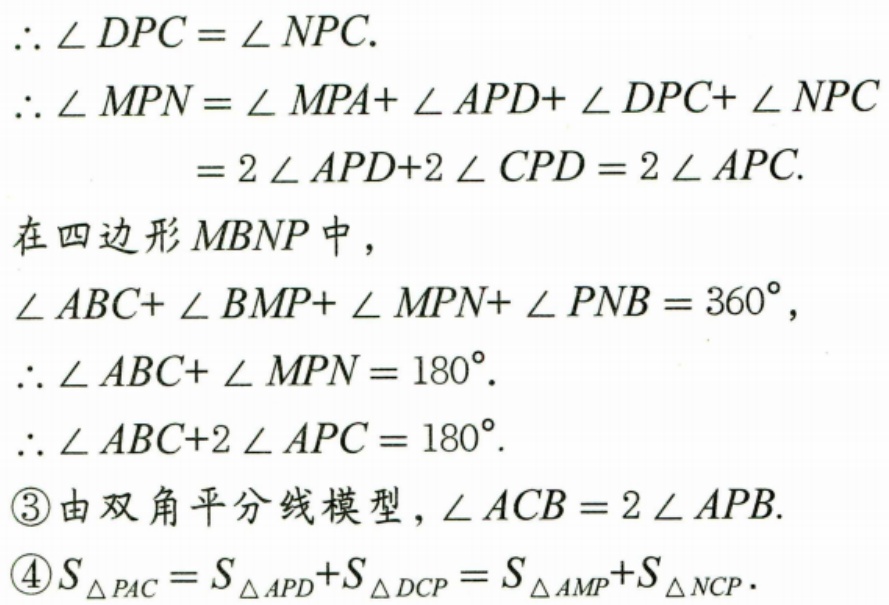
\(\therefore\angle DPC=\angle NPC.\)
\(\therefore\angle MPN=\angle MPA+\angle APD+\angle DPC+\angle NPC\)
\(=2\angle APD + 2\angle CPD=2\angle APC.\)
在四边形\(MBNP\)中，
\(\angle ABC+\angle BMP+\angle MPN+\angle PNB = 360^{\circ},\)
\(\therefore\angle ABC+\angle MPN = 180^{\circ}.\)
\(\therefore\angle ABC+2\angle APC = 180^{\circ}.\)
\textcircled{3}由双角平分线模型，\(\angle ACB = 2\angle APB.\)
\textcircled{4}\(S_{\triangle PAC}=S_{\triangle APD}+S_{\triangle DCP}=S_{\triangle AMP}+S_{\triangle NCP}.\)